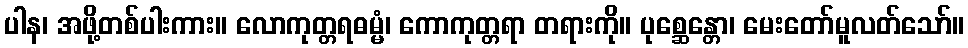
ပါန၊ အဖို့တစ်ပါးကား။ လောကုတ္တရဓမ္မံ၊ ကောကုတ္တရာ တရားကို။ ပုစ္ဆေန္တော၊ မေးတော်မူလတ်သော်။